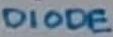
Text: DIODE